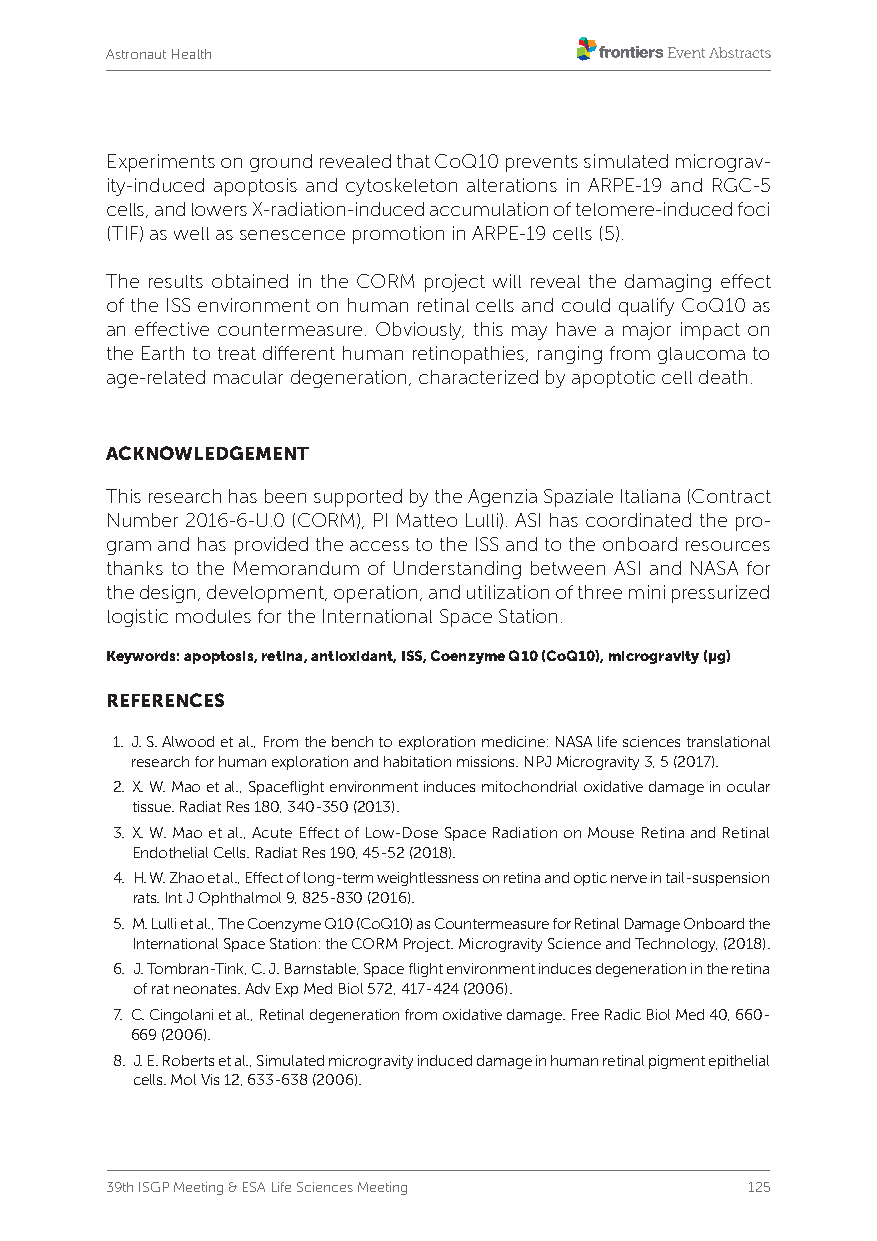
Astronaut Health
 Experiments on ground revealed that CoQ10 prevents simulated micrograv-
 ity-induced apoptosis and cytoskeleton alterations in ARPE-19 and RGC-5
 cells, and lowers X-radiation-induced accumulation of telomere-induced foci
 (TIF) as well as senescence promotion in ARPE-19 cells (5).
 The results obtained in the CORM project will reveal the damaging effect
 of the ISS environment on human retinal cells and could qualify CoQ10 as
 an effective countermeasure. Obviously, this may have a major impact on
 the Earth to treat different human retinopathies, ranging from glaucoma to
 age-related macular degeneration, characterized by apoptotic cell death.
 ACKNOWLEDGEMENT
 This research has been supported by the Agenzia Spaziale Italiana (Contract
 Number 2016-6-U.0 (CORM), PI Matteo Lulli). ASI has coordinated the pro-
 gram and has provided the access to the ISS and to the onboard resources
 thanks to the Memorandum of Understanding between ASI and NASA for
 the design, development, operation, and utilization of three mini pressurized
 logistic modules for the International Space Station.
 Keywords: apoptosis, retina, antioxidant, ISS, Coenzyme Q10 (CoQ10), microgravity (μg)
 REFERENCES
 1. J. S. Alwood et al., From the bench to exploration medicine: NASA life sciences translational
 research for human exploration and habitation missions. NPJ Microgravity 3, 5 (2017).
 2. X. W. Mao et al., Spaceflight environment induces mitochondrial oxidative damage in ocular
 tissue. Radiat Res 180, 340-350 (2013).
 3. X. W. Mao et al., Acute Effect of Low-Dose Space Radiation on Mouse Retina and Retinal
 Endothelial Cells. Radiat Res 190, 45-52 (2018).
 4. H. W. Zhao et al., Effect of long-term weightlessness on retina and optic nerve in tail-suspension
 rats. Int J Ophthalmol 9, 825-830 (2016).
 5. M. Lulli et al., The Coenzyme Q10 (CoQ10) as Countermeasure for Retinal Damage Onboard the
 International Space Station: the CORM Project. Microgravity Science and Technology, (2018).
 6. J . Tombran-Tink, C. J. Barnstable, Space flight environment induces degeneration in the retina
 of rat neonates. Adv Exp Med Biol 572, 417-424 (2006).
 7. C. Cingolani et al., Retinal degeneration from oxidative damage. Free Radic Biol Med 40, 660-
 669 (2006).
 8. J. E. Roberts et al., Simulated microgravity induced damage in human retinal pigment epithelial
 cells. Mol Vis 12, 633-638 (2006).
 39th ISGP Meeting & ESA Life Sciences Meeting 125